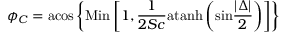
\phi _ { C } = \mathrm { a c o s } \left\{ \mathrm { M i n } \left[ 1 , { \frac { 1 } { 2 S c } } \mathrm { a t a n h } \left( \mathrm { s i n } { \frac { | \Delta | } { 2 } } \right) \right] \right\}